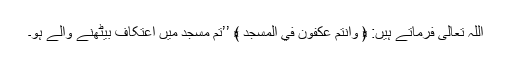
اللہ تعالیٰ فرماتے ہیں: ﴿ وَاَنْتُمْ عٰكِفُوْنَ فِي الْمَسٰجِدِ ﴾ ’’تم مسجد میں اعتکاف بیٹھنے والے ہو۔